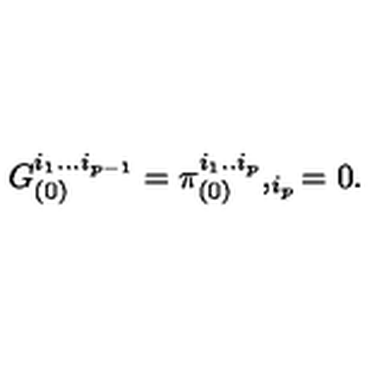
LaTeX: G _ { ( 0 ) } ^ { i _ { 1 } . . . i _ { p - 1 } } = \pi _ { ( 0 ) } ^ { i _ { 1 } . . i _ { p } } , _ { i _ { p } } = 0 .